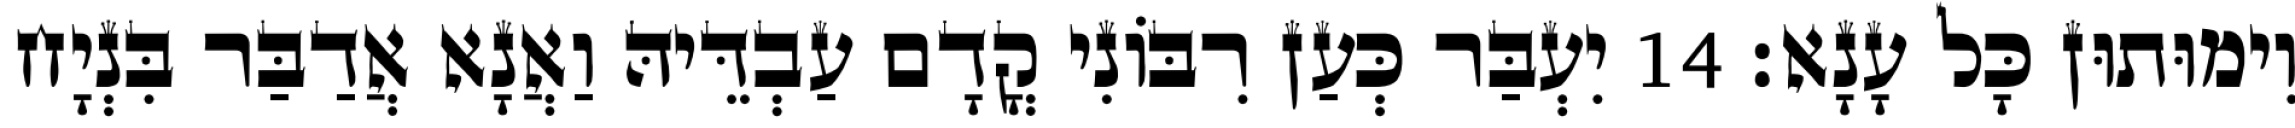
וִימוּתוּן כָּל עָנָא׃ 14 יִעְבַּר כְּעַן רִבּוֹנִי קֳדָם עַבְדֵּיהּ וַאֲנָא אֲדַבַּר בִּנְיָח